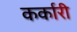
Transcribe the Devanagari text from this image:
कर्कारी